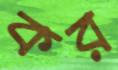
কর